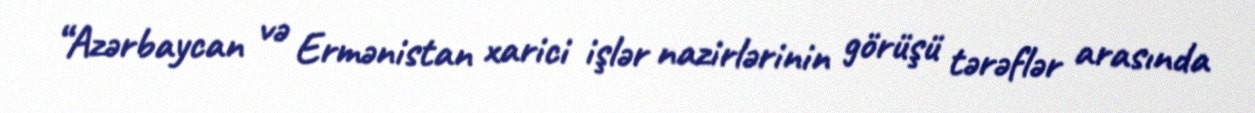
“Azərbaycan və Ermənistan xarici işlər nazirlərinin görüşü tərəflər arasında